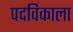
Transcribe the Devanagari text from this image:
पदविकाला